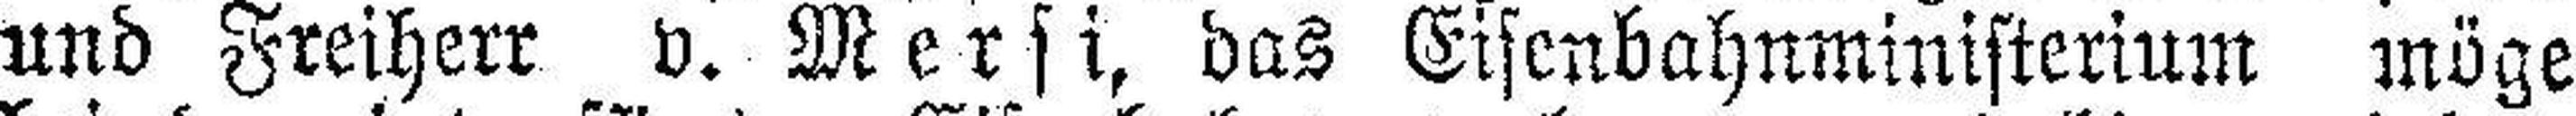
und Freiherr v. Mersi, das Eisenbahmninisterium möge